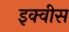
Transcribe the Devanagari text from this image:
इक्वीस